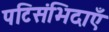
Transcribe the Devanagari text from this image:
पटिसंभिदाएँ